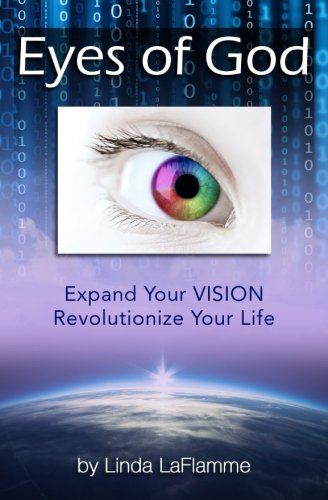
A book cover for Eyes of God: Expand Your Vision, Revolutionize Your Life; Linda LaFlamme; Business & Money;